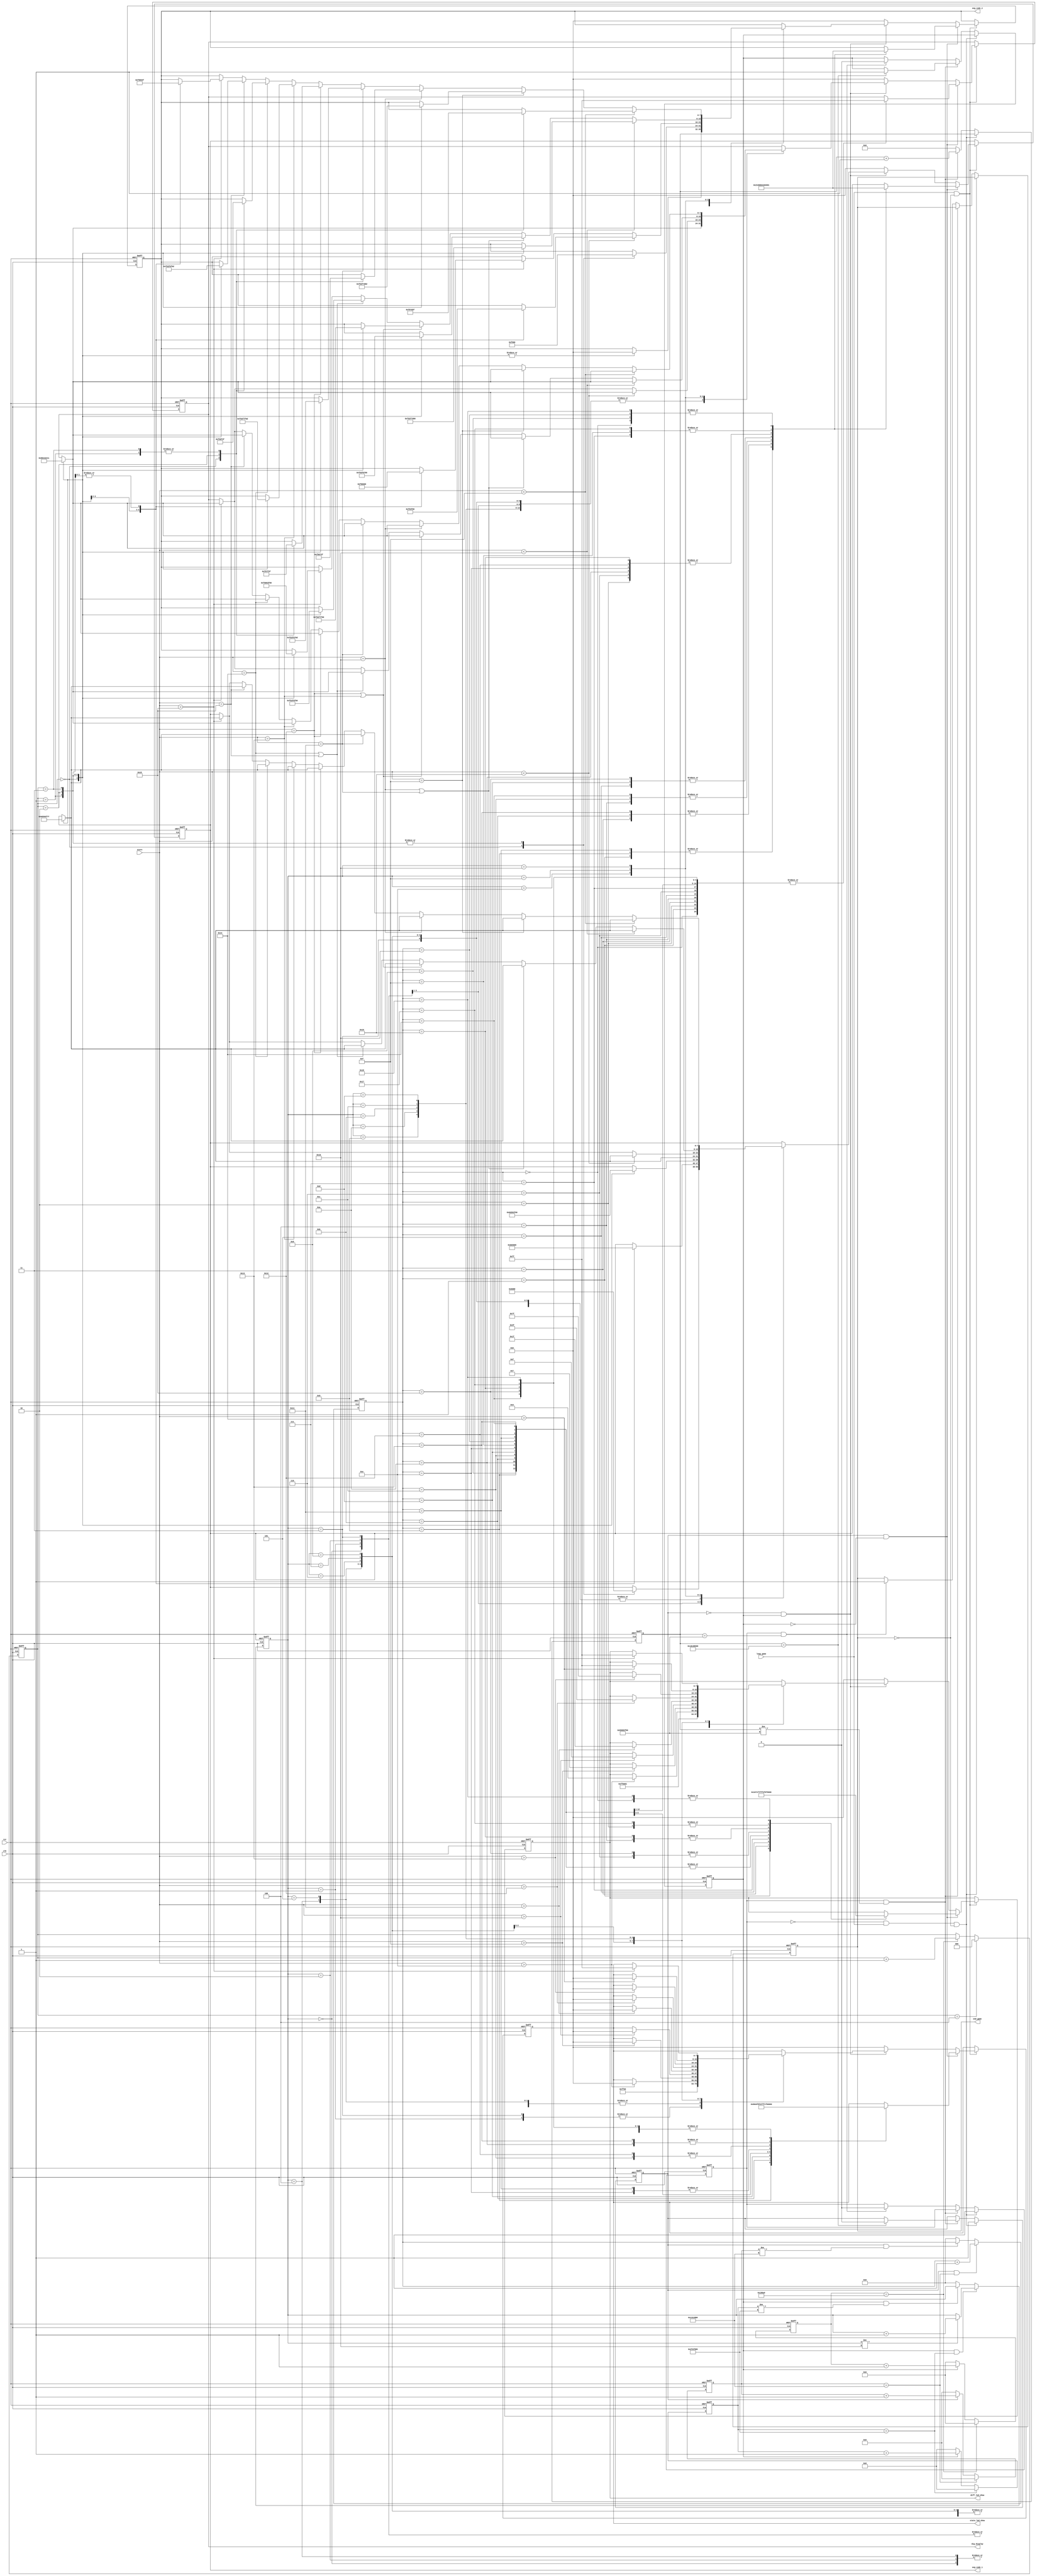
`timescale 1ns / 1ps
//////////////////////////////////////////////////////////////////////////////////
// Company: 
// Engineer: 
// 
// Design Name: 
// Module Name: game_over
// Project Name: 
// Target Devices: 
// Tool Versions: 
// Description: 
// 
// Dependencies: 
// 
// Revision:
// Revision 0.01 - File Created
// Additional Comments:
// 
//////////////////////////////////////////////////////////////////////////////////


module game_over(
    	input clk,
        input rst,
        input loop_game,
        input [6:0] score,
        output reg [7:0] dig_display,
        output reg [7:0] seg_code_1,
        output reg [7:0] seg_code_2,
        output reg [7:0] diff_led_show,
        output reg [7:0] state_led_show,
        output reg end_game
	    );

        // :15s, :5s10s
        parameter T5S = 31'd500000000;
        parameter T15S = 31'd1500000000;
        reg [30:0] cnt;
        reg cnt_sig;
        reg cnt_m1_sig;
        reg cnt_m2_sig;
	    always @( posedge clk or posedge rst )
	        if( rst )
                begin cnt <= 31'd0; cnt_sig <= 1'b0; cnt_m1_sig <= 1'b0; cnt_m2_sig <= 1'b0; end_game <= 1'b0; end
            else if( !cnt_sig && loop_game && !end_game)
                begin cnt_sig <= 1'b1; cnt_m1_sig <= 1'b1; end
            else if( cnt_sig && cnt != T15S  )
                begin
	                cnt <= cnt + 31'b1;
	                if( cnt == T5S )
                        begin cnt_m1_sig <= 1'b0; cnt_m2_sig <= 1'b1; end
                end
	        else if( cnt_sig && cnt == T15S )
                begin cnt <= 31'd0; cnt_sig <= 1'b0; cnt_m2_sig <= 1'b0; end_game <= 1'b1; end
	        else
	            cnt <= 31'd0;
        
        // 0.2s, 25, 5s
        parameter T02S = 25'd20000000;
        reg [24:0] cnt_02;
	    always @( posedge clk or posedge rst )
	        if( rst )
	            cnt_02 <= 25'd0;
	        else if( cnt_02 == T02S )
	            cnt_02 <= 25'd0;
	        else if( cnt_m1_sig )
	            cnt_02 <= cnt_02 + 25'b1;
	        else
	            cnt_02 <= 25'd0;
        
        // 0.5s, 20, 10s
        parameter T05S = 26'd50000000;
        reg [25:0] cnt_05;
	    always @( posedge clk or posedge rst )
	        if( rst )
	            cnt_05 <= 26'd0;
	        else if( cnt_05 == T05S )
	            cnt_05 <= 26'd0;
	        else if( cnt_m2_sig )
	            cnt_05 <= cnt_05 + 26'b1;
	        else
	            cnt_05 <= 26'd0;
        
        // : ing
        reg [4:0] m1_num;
        always @( posedge clk or posedge rst )
	        if( rst )
	            m1_num <= 5'd0;
	        else if( cnt_m1_sig && cnt_02 == T02S )
	            m1_num <= m1_num + 1'b1;
            else if( cnt_m1_sig && cnt_02 != T02S )
                m1_num <= m1_num;
            else
	            m1_num <= 5'd0;

        // : ing
        reg [4:0] m2_num;
        always @( posedge clk or posedge rst )
	        if( rst )
	            m2_num <= 5'd0;
	        else if( cnt_m2_sig && cnt_05 == T05S )
                if ( m2_num != 5'd16 )    // , 
	                m2_num <= m2_num + 1'b1;
                else
                    m2_num <= m2_num;
            else if( cnt_m2_sig && cnt_05 != T05S )
                m2_num <= m2_num;
            else
	            m2_num <= 5'd0;
        
        // 0.001s, 
        parameter T0001S = 17'd100000;
        reg [16:0] cnt_0001;
	    always @( posedge clk or posedge rst )
	        if( rst )
                cnt_0001 <= 17'd0;
	        else if( cnt_0001 == T0001S )
                cnt_0001 <= 17'd0;
	        else if( cnt_m2_sig )
	            cnt_0001 <= cnt_0001 + 17'b1;
	        else
                cnt_0001 <= 17'd0;
        
        // 
        reg [2:0] dis_pos;
        always @( posedge clk or posedge rst )
	        if( rst )
	            dis_pos <= 3'd0;
	        else if( dis_pos == 3'd4 )
	            dis_pos <= 3'd0;
	        else if( cnt_0001 == T0001S )
	            dis_pos <= dis_pos + 1'b1;
            else
                dis_pos <= dis_pos;
        
        parameter _0 = 8'hc0, _1 = 8'hf9, _2 = 8'ha4, _3 = 8'hb0,
	              _4 = 8'h99, _5 = 8'h92, _6 = 8'h82, _7 = 8'hf8,
	              _8 = 8'h80, _9 = 8'h90, _S = 8'h92, _C = 8'hc6, _R = 8'h88, _E = 8'h06;

        // 
        always @( posedge clk or posedge rst )
            if( rst )
                begin
                    dig_display <= 8'b00000000;
                    seg_code_1 <= 8'b00000000;
                    seg_code_2 <= 8'b00000000;
                    diff_led_show <= 8'b00000000;
                    state_led_show <= 8'b00000000;
                end
	        else if( loop_game && !end_game )
                if( cnt_m1_sig && !cnt_m2_sig )
                    case( m1_num )
                        5'd0:begin dig_display <= 8'b11111111; seg_code_1 <= 8'b00000001; seg_code_2 <= 8'b00000001; diff_led_show <= 8'b00000000; state_led_show <= 8'b00000000; end
                        5'd1:begin dig_display <= 8'b11111111; seg_code_1 <= 8'b00000010; seg_code_2 <= 8'b00000010; diff_led_show <= 8'b00000001; state_led_show <= 8'b00000000; end
                        5'd2:begin dig_display <= 8'b11111111; seg_code_1 <= 8'b01000000; seg_code_2 <= 8'b01000000; diff_led_show <= 8'b00000011; state_led_show <= 8'b00000000; end
                        5'd3:begin dig_display <= 8'b11111111; seg_code_1 <= 8'b00010000; seg_code_2 <= 8'b00010000; diff_led_show <= 8'b00000111; state_led_show <= 8'b00000000; end
                        5'd4:begin dig_display <= 8'b11111111; seg_code_1 <= 8'b00001000; seg_code_2 <= 8'b00001000; diff_led_show <= 8'b00001111; state_led_show <= 8'b00000000; end
                        5'd5:begin dig_display <= 8'b11111111; seg_code_1 <= 8'b00000100; seg_code_2 <= 8'b00000100; diff_led_show <= 8'b00011111; state_led_show <= 8'b00000000; end
                        5'd6:begin dig_display <= 8'b11111111; seg_code_1 <= 8'b01000000; seg_code_2 <= 8'b01000000; diff_led_show <= 8'b00111111; state_led_show <= 8'b00000000; end
                        5'd7:begin dig_display <= 8'b11111111; seg_code_1 <= 8'b00100000; seg_code_2 <= 8'b00100000; diff_led_show <= 8'b01111111; state_led_show <= 8'b00000000; end
                        5'd8:begin dig_display <= 8'b11111111; seg_code_1 <= 8'b00000001; seg_code_2 <= 8'b00000001; diff_led_show <= 8'b11111111; state_led_show <= 8'b00000000; end
                        5'd9:begin dig_display <= 8'b11111111; seg_code_1 <= 8'b00000010; seg_code_2 <= 8'b00000010; diff_led_show <= 8'b11111111; state_led_show <= 8'b10000000; end
                        5'd10:begin dig_display <= 8'b11111111; seg_code_1 <= 8'b01000000; seg_code_2 <= 8'b01000000; diff_led_show <= 8'b11111111; state_led_show <= 8'b11000000; end
                        5'd11:begin dig_display <= 8'b11111111; seg_code_1 <= 8'b00010000; seg_code_2 <= 8'b00010000; diff_led_show <= 8'b11111111; state_led_show <= 8'b11100000; end
                        5'd12:begin dig_display <= 8'b11111111; seg_code_1 <= 8'b00001000; seg_code_2 <= 8'b00001000; diff_led_show <= 8'b11111111; state_led_show <= 8'b11110000; end
                        5'd13:begin dig_display <= 8'b11111111; seg_code_1 <= 8'b00000100; seg_code_2 <= 8'b00000100; diff_led_show <= 8'b11111111; state_led_show <= 8'b11111000; end
                        5'd14:begin dig_display <= 8'b11111111; seg_code_1 <= 8'b01000000; seg_code_2 <= 8'b01000000; diff_led_show <= 8'b11111111; state_led_show <= 8'b11111100; end
                        5'd15:begin dig_display <= 8'b11111111; seg_code_1 <= 8'b00100000; seg_code_2 <= 8'b00100000; diff_led_show <= 8'b11111111; state_led_show <= 8'b11111110; end
                        5'd16:begin dig_display <= 8'b11111111; seg_code_1 <= 8'b00000001; seg_code_2 <= 8'b00000001; diff_led_show <= 8'b11111111; state_led_show <= 8'b11111111; end
                        5'd17:begin dig_display <= 8'b11111111; seg_code_1 <= 8'b00000010; seg_code_2 <= 8'b00000010; diff_led_show <= 8'b11111111; state_led_show <= 8'b11111100; end
                        5'd18:begin dig_display <= 8'b11111111; seg_code_1 <= 8'b01000000; seg_code_2 <= 8'b01000000; diff_led_show <= 8'b11111111; state_led_show <= 8'b11110000; end
                        5'd19:begin dig_display <= 8'b11111111; seg_code_1 <= 8'b00010000; seg_code_2 <= 8'b00010000; diff_led_show <= 8'b11111111; state_led_show <= 8'b11000000; end
                        5'd20:begin dig_display <= 8'b11111111; seg_code_1 <= 8'b00001000; seg_code_2 <= 8'b00001000; diff_led_show <= 8'b11111111; state_led_show <= 8'b00000000; end
                        5'd21:begin dig_display <= 8'b11111111; seg_code_1 <= 8'b00000100; seg_code_2 <= 8'b00000100; diff_led_show <= 8'b00111111; state_led_show <= 8'b00000000; end
                        5'd22:begin dig_display <= 8'b11111111; seg_code_1 <= 8'b01000000; seg_code_2 <= 8'b01000000; diff_led_show <= 8'b00001111; state_led_show <= 8'b00000000; end
                        5'd23:begin dig_display <= 8'b11111111; seg_code_1 <= 8'b00100000; seg_code_2 <= 8'b00100000; diff_led_show <= 8'b00000011; state_led_show <= 8'b00000000; end
                        5'd24:begin dig_display <= 8'b11111111; seg_code_1 <= 8'b00000001; seg_code_2 <= 8'b00000001; diff_led_show <= 8'b00000000; state_led_show <= 8'b00000000; end
                    endcase
                else if ( !cnt_m1_sig && cnt_m2_sig )
                    case( m2_num )
                        5'd0:
                            begin
                                diff_led_show <= 8'b00000000;
                                state_led_show <= 8'b00000000;
                                case( dis_pos )
                                    3'd0:begin seg_code_1 <= ~_S; seg_code_2 <= 8'h00; dig_display <= 8'b10001000; end
                                    3'd1:begin seg_code_1 <= 8'h00; seg_code_2 <= 8'h00; dig_display <= 8'b01000100; end
                                    3'd2:begin seg_code_1 <= 8'h00; seg_code_2 <= 8'h00; dig_display <= 8'b00100010; end
                                    3'd3:begin seg_code_1 <= 8'h00; seg_code_2 <= 8'h00; dig_display <= 8'b00010001; end
                                endcase
                            end
                        5'd1:
                            begin
                                diff_led_show <= 8'b11111111;
                                state_led_show <= 8'b11111111;
                                case( dis_pos )
                                    3'd0:begin seg_code_1 <= ~_S; seg_code_2 <= 8'h00; dig_display <= 8'b10001000; end
                                    3'd1:begin seg_code_1 <= ~_C; seg_code_2 <= 8'h00; dig_display <= 8'b01000100; end
                                    3'd2:begin seg_code_1 <= 8'h00; seg_code_2 <= 8'h00; dig_display <= 8'b00100010; end
                                    3'd3:begin seg_code_1 <= 8'h00; seg_code_2 <= 8'h00; dig_display <= 8'b00010001; end
                                endcase
                            end
                        5'd2:
                            begin
                                diff_led_show <= 8'b00000000;
                                state_led_show <= 8'b00000000;
                                case( dis_pos )
                                    3'd0:begin seg_code_1 <= ~_S; seg_code_2 <= 8'h00; dig_display <= 8'b10001000; end
                                    3'd1:begin seg_code_1 <= ~_C; seg_code_2 <= 8'h00; dig_display <= 8'b01000100; end
                                    3'd2:begin seg_code_1 <= ~_0; seg_code_2 <= 8'h00; dig_display <= 8'b00100010; end
                                    3'd3:begin seg_code_1 <= 8'h00; seg_code_2 <= 8'h00; dig_display <= 8'b00010001; end
                                endcase
                            end
                        5'd3:
                            begin
                                diff_led_show <= 8'b11111111;
                                state_led_show <= 8'b11111111;
                                case( dis_pos )
                                    3'd0:begin seg_code_1 <= ~_S; seg_code_2 <= 8'h00; dig_display <= 8'b10001000; end
                                    3'd1:begin seg_code_1 <= ~_C; seg_code_2 <= 8'h00; dig_display <= 8'b01000100; end
                                    3'd2:begin seg_code_1 <= ~_0; seg_code_2 <= 8'h00; dig_display <= 8'b00100010; end
                                    3'd3:begin seg_code_1 <= ~_R; seg_code_2 <= 8'h00; dig_display <= 8'b00010001; end
                                endcase
                            end
                        5'd4:
                            begin
                                diff_led_show <= 8'b00000000;
                                state_led_show <= 8'b00000000;
                                case( dis_pos )
                                    3'd0:begin seg_code_1 <= ~_S; seg_code_2 <= ~_E; dig_display <= 8'b10001000; end
                                    3'd1:begin seg_code_1 <= ~_C; seg_code_2 <= 8'h00; dig_display <= 8'b01000100; end
                                    3'd2:begin seg_code_1 <= ~_0; seg_code_2 <= 8'h00; dig_display <= 8'b00100010; end
                                    3'd3:begin seg_code_1 <= ~_R; seg_code_2 <= 8'h00; dig_display <= 8'b00010001; end
                                endcase
                            end
                        5'd5:
                            begin
                                diff_led_show <= 8'b00000001;    // 60+
                                state_led_show <= 8'b00000000;
                                case( dis_pos )
                                    3'd0:begin seg_code_1 <= ~_S; seg_code_2 <= ~_E; dig_display <= 8'b10001000; end
                                    3'd1:begin seg_code_1 <= ~_C; seg_code_2 <= 8'h00; dig_display <= 8'b01000100; end
                                    3'd2:begin seg_code_1 <= ~_0; seg_code_2 <= 8'h00; dig_display <= 8'b00100010; end
                                    3'd3:begin seg_code_1 <= ~_R; seg_code_2 <= 8'h00; dig_display <= 8'b00010001; end
                                endcase
                            end
                        5'd6:
                            begin
                                if( score > 14 )    // 65+
                                    begin diff_led_show <= 8'b00000011; state_led_show <= 8'b00000000; end
                                else
                                    begin diff_led_show <= diff_led_show; state_led_show <= state_led_show; end
                                case( dis_pos )
                                    3'd0:begin seg_code_1 <= ~_S; seg_code_2 <= ~_E; dig_display <= 8'b10001000; end
                                    3'd1:begin seg_code_1 <= ~_C; seg_code_2 <= 8'h00; dig_display <= 8'b01000100; end
                                    3'd2:begin seg_code_1 <= ~_0; seg_code_2 <= 8'h00; dig_display <= 8'b00100010; end
                                    3'd3:begin seg_code_1 <= ~_R; seg_code_2 <= 8'h00; dig_display <= 8'b00010001; end
                                endcase
                            end
                        5'd7:
                            begin
                                if( score > 15 )    // 70+
                                    begin diff_led_show <= 8'b00000111; state_led_show <= 8'b00000000; end
                                else
                                    begin diff_led_show <= diff_led_show; state_led_show <= state_led_show; end
                                case( dis_pos )
                                    3'd0:begin seg_code_1 <= ~_S; seg_code_2 <= ~_E; dig_display <= 8'b10001000; end
                                    3'd1:begin seg_code_1 <= ~_C; seg_code_2 <= 8'h00; dig_display <= 8'b01000100; end
                                    3'd2:begin seg_code_1 <= ~_0; seg_code_2 <= 8'h00; dig_display <= 8'b00100010; end
                                    3'd3:begin seg_code_1 <= ~_R; seg_code_2 <= 8'h00; dig_display <= 8'b00010001; end
                                endcase
                            end
                        5'd8:
                            begin
                                if( score > 16 )    // 75+
                                    begin diff_led_show <= 8'b00001111; state_led_show <= 8'b00000000; end
                                else
                                    begin diff_led_show <= diff_led_show; state_led_show <= state_led_show; end
                                case( dis_pos )
                                    3'd0:begin seg_code_1 <= ~_S; seg_code_2 <= ~_E; dig_display <= 8'b10001000; end
                                    3'd1:begin seg_code_1 <= ~_C; seg_code_2 <= 8'h00; dig_display <= 8'b01000100; end
                                    3'd2:begin seg_code_1 <= ~_0; seg_code_2 <= 8'h00; dig_display <= 8'b00100010; end
                                    3'd3:begin seg_code_1 <= ~_R; seg_code_2 <= 8'h00; dig_display <= 8'b00010001; end
                                endcase
                            end
                        5'd9:
                            begin
                                if( score > 17 )    // 80+
                                    begin diff_led_show <= 8'b00011111; state_led_show <= 8'b00000000; end
                                else
                                    begin diff_led_show <= diff_led_show; state_led_show <= state_led_show; end
                                case( dis_pos )
                                    3'd0:begin seg_code_1 <= ~_S; seg_code_2 <= ~_E; dig_display <= 8'b10001000; end
                                    3'd1:begin seg_code_1 <= ~_C; seg_code_2 <= 8'h00; dig_display <= 8'b01000100; end
                                    3'd2:begin seg_code_1 <= ~_0; seg_code_2 <= 8'h00; dig_display <= 8'b00100010; end
                                    3'd3:begin seg_code_1 <= ~_R; seg_code_2 <= 8'h00; dig_display <= 8'b00010001; end
                                endcase
                            end
                        5'd10:
                            begin
                                if( score > 18 )    // 85+
                                    begin diff_led_show <= 8'b00111111; state_led_show <= 8'b00000000; end
                                else
                                    begin diff_led_show <= diff_led_show; state_led_show <= state_led_show; end
                                case( dis_pos )
                                    3'd0:begin seg_code_1 <= ~_S; seg_code_2 <= ~_E; dig_display <= 8'b10001000; end
                                    3'd1:begin seg_code_1 <= ~_C; seg_code_2 <= 8'h00; dig_display <= 8'b01000100; end
                                    3'd2:begin seg_code_1 <= ~_0; seg_code_2 <= 8'h00; dig_display <= 8'b00100010; end
                                    3'd3:begin seg_code_1 <= ~_R; seg_code_2 <= 8'h00; dig_display <= 8'b00010001; end
                                endcase
                            end
                        5'd11:
                            begin
                                if( score > 19 )    // 90+
                                    begin diff_led_show <= 8'b01111111; state_led_show <= 8'b00000000; end
                                else
                                    begin diff_led_show <= diff_led_show; state_led_show <= state_led_show; end
                                case( dis_pos )
                                    3'd0:begin seg_code_1 <= ~_S; seg_code_2 <= ~_E; dig_display <= 8'b10001000; end
                                    3'd1:begin seg_code_1 <= ~_C; seg_code_2 <= 8'h00; dig_display <= 8'b01000100; end
                                    3'd2:begin seg_code_1 <= ~_0; seg_code_2 <= 8'h00; dig_display <= 8'b00100010; end
                                    3'd3:begin seg_code_1 <= ~_R; seg_code_2 <= 8'h00; dig_display <= 8'b00010001; end
                                endcase
                            end
                        5'd12:
                            begin
                                if( score > 20 )    // 95+
                                    begin diff_led_show <= 8'b11111111; state_led_show <= 8'b00000000; end
                                else
                                    begin diff_led_show <= diff_led_show; state_led_show <= state_led_show; end
                                case( dis_pos )
                                    3'd0:begin seg_code_1 <= ~_S; seg_code_2 <= ~_E; dig_display <= 8'b10001000; end
                                    3'd1:begin seg_code_1 <= ~_C; seg_code_2 <= 8'h00; dig_display <= 8'b01000100; end
                                    3'd2:begin seg_code_1 <= ~_0; seg_code_2 <= 8'h00; dig_display <= 8'b00100010; end
                                    3'd3:begin seg_code_1 <= ~_R; seg_code_2 <= 8'h00; dig_display <= 8'b00010001; end
                                endcase
                            end
                        5'd13:
                            begin
                                if( score > 21 )    // 100!!!
                                    begin diff_led_show <= 8'b11111111; state_led_show <= 8'b11111111; end
                                else
                                    begin diff_led_show <= diff_led_show; state_led_show <= state_led_show; end
                                case( dis_pos )
                                    3'd0:begin seg_code_1 <= ~_S; seg_code_2 <= ~_E; dig_display <= 8'b10001000; end
                                    3'd1:begin seg_code_1 <= ~_C; seg_code_2 <= 8'h00; dig_display <= 8'b01000100; end
                                    3'd2:begin seg_code_1 <= ~_0; seg_code_2 <= 8'h00; dig_display <= 8'b00100010; end
                                    3'd3:begin seg_code_1 <= ~_R; seg_code_2 <= 8'h00; dig_display <= 8'b00010001; end
                                endcase
                            end
                        5'd14:
                            begin
                                diff_led_show <= diff_led_show;
                                state_led_show <= state_led_show;
                                if( score < 22 )    // 95-
                                    case( dis_pos )
                                        3'd0:begin seg_code_1 <= ~_S; seg_code_2 <= ~_E; dig_display <= 8'b10001000; end
                                        3'd1:begin seg_code_1 <= ~_C; seg_code_2 <= ~_0; dig_display <= 8'b01000100; end
                                        3'd2:begin seg_code_1 <= ~_0; seg_code_2 <= 8'h00; dig_display <= 8'b00100010; end
                                        3'd3:begin seg_code_1 <= ~_R; seg_code_2 <= 8'h00; dig_display <= 8'b00010001; end
                                    endcase
                                else if( score > 21 )    // 100
                                    case( dis_pos )
                                        3'd0:begin seg_code_1 <= ~_S; seg_code_2 <= ~_E; dig_display <= 8'b10001000; end
                                        3'd1:begin seg_code_1 <= ~_C; seg_code_2 <= ~_1; dig_display <= 8'b01000100; end
                                        3'd2:begin seg_code_1 <= ~_0; seg_code_2 <= 8'h00; dig_display <= 8'b00100010; end
                                        3'd3:begin seg_code_1 <= ~_R; seg_code_2 <= 8'h00; dig_display <= 8'b00010001; end
                                    endcase
                            end
                        5'd15:
                            begin
                                diff_led_show <= diff_led_show;
                                state_led_show <= state_led_show;
                                if( score < 16 )    // 70-
                                    case( dis_pos )
                                        3'd0:begin seg_code_1 <= ~_S; seg_code_2 <= ~_E; dig_display <= 8'b10001000; end
                                        3'd1:begin seg_code_1 <= ~_C; seg_code_2 <= ~_0; dig_display <= 8'b01000100; end
                                        3'd2:begin seg_code_1 <= ~_0; seg_code_2 <= ~_6; dig_display <= 8'b00100010; end
                                        3'd3:begin seg_code_1 <= ~_R; seg_code_2 <= 8'h00; dig_display <= 8'b00010001; end
                                    endcase
                                else if( score == 16 | score == 17 )    // 70/75
                                    case( dis_pos )
                                        3'd0:begin seg_code_1 <= ~_S; seg_code_2 <= ~_E; dig_display <= 8'b10001000; end
                                        3'd1:begin seg_code_1 <= ~_C; seg_code_2 <= ~_0; dig_display <= 8'b01000100; end
                                        3'd2:begin seg_code_1 <= ~_0; seg_code_2 <= ~_7; dig_display <= 8'b00100010; end
                                        3'd3:begin seg_code_1 <= ~_R; seg_code_2 <= 8'h00; dig_display <= 8'b00010001; end
                                    endcase
                                else if( score == 18 | score == 19 )    // 80/85
                                    case( dis_pos )
                                        3'd0:begin seg_code_1 <= ~_S; seg_code_2 <= ~_E; dig_display <= 8'b10001000; end
                                        3'd1:begin seg_code_1 <= ~_C; seg_code_2 <= ~_0; dig_display <= 8'b01000100; end
                                        3'd2:begin seg_code_1 <= ~_0; seg_code_2 <= ~_8; dig_display <= 8'b00100010; end
                                        3'd3:begin seg_code_1 <= ~_R; seg_code_2 <= 8'h00; dig_display <= 8'b00010001; end
                                    endcase
                                else if( score == 20 | score == 21 )    // 90/95
                                    case( dis_pos )
                                        3'd0:begin seg_code_1 <= ~_S; seg_code_2 <= ~_E; dig_display <= 8'b10001000; end
                                        3'd1:begin seg_code_1 <= ~_C; seg_code_2 <= ~_0; dig_display <= 8'b01000100; end
                                        3'd2:begin seg_code_1 <= ~_0; seg_code_2 <= ~_9; dig_display <= 8'b00100010; end
                                        3'd3:begin seg_code_1 <= ~_R; seg_code_2 <= 8'h00; dig_display <= 8'b00010001; end
                                    endcase
                                else if( score > 21 )    // 100
                                    case( dis_pos )
                                        3'd0:begin seg_code_1 <= ~_S; seg_code_2 <= ~_E; dig_display <= 8'b10001000; end
                                        3'd1:begin seg_code_1 <= ~_C; seg_code_2 <= ~_1; dig_display <= 8'b01000100; end
                                        3'd2:begin seg_code_1 <= ~_0; seg_code_2 <= ~_0; dig_display <= 8'b00100010; end
                                        3'd3:begin seg_code_1 <= ~_R; seg_code_2 <= 8'h00; dig_display <= 8'b00010001; end
                                    endcase
                            end
                        5'd16:
                            begin
                                diff_led_show <= diff_led_show;
                                state_led_show <= state_led_show;
                                if( score < 15 )    // 60
                                    case( dis_pos )
                                        3'd0:begin seg_code_1 <= ~_S; seg_code_2 <= ~_E; dig_display <= 8'b10001000; end
                                        3'd1:begin seg_code_1 <= ~_C; seg_code_2 <= ~_0; dig_display <= 8'b01000100; end
                                        3'd2:begin seg_code_1 <= ~_0; seg_code_2 <= ~_6; dig_display <= 8'b00100010; end
                                        3'd3:begin seg_code_1 <= ~_R; seg_code_2 <= ~_0; dig_display <= 8'b00010001; end
                                    endcase
                                else if( score == 15 )    // 65
                                    case( dis_pos )
                                        3'd0:begin seg_code_1 <= ~_S; seg_code_2 <= ~_E; dig_display <= 8'b10001000; end
                                        3'd1:begin seg_code_1 <= ~_C; seg_code_2 <= ~_0; dig_display <= 8'b01000100; end
                                        3'd2:begin seg_code_1 <= ~_0; seg_code_2 <= ~_6; dig_display <= 8'b00100010; end
                                        3'd3:begin seg_code_1 <= ~_R; seg_code_2 <= ~_5; dig_display <= 8'b00010001; end
                                    endcase
                                else if( score == 16 )    // 70
                                    case( dis_pos )
                                        3'd0:begin seg_code_1 <= ~_S; seg_code_2 <= ~_E; dig_display <= 8'b10001000; end
                                        3'd1:begin seg_code_1 <= ~_C; seg_code_2 <= ~_0; dig_display <= 8'b01000100; end
                                        3'd2:begin seg_code_1 <= ~_0; seg_code_2 <= ~_7; dig_display <= 8'b00100010; end
                                        3'd3:begin seg_code_1 <= ~_R; seg_code_2 <= ~_0; dig_display <= 8'b00010001; end
                                    endcase
                                else if( score == 17 )    // 75
                                    case( dis_pos )
                                        3'd0:begin seg_code_1 <= ~_S; seg_code_2 <= ~_E; dig_display <= 8'b10001000; end
                                        3'd1:begin seg_code_1 <= ~_C; seg_code_2 <= ~_0; dig_display <= 8'b01000100; end
                                        3'd2:begin seg_code_1 <= ~_0; seg_code_2 <= ~_7; dig_display <= 8'b00100010; end
                                        3'd3:begin seg_code_1 <= ~_R; seg_code_2 <= ~_5; dig_display <= 8'b00010001; end
                                    endcase
                                else if( score == 18 )    // 80
                                    case( dis_pos )
                                        3'd0:begin seg_code_1 <= ~_S; seg_code_2 <= ~_E; dig_display <= 8'b10001000; end
                                        3'd1:begin seg_code_1 <= ~_C; seg_code_2 <= ~_0; dig_display <= 8'b01000100; end
                                        3'd2:begin seg_code_1 <= ~_0; seg_code_2 <= ~_8; dig_display <= 8'b00100010; end
                                        3'd3:begin seg_code_1 <= ~_R; seg_code_2 <= ~_0; dig_display <= 8'b00010001; end
                                    endcase
                                else if( score == 19 )    // 85
                                    case( dis_pos )
                                        3'd0:begin seg_code_1 <= ~_S; seg_code_2 <= ~_E; dig_display <= 8'b10001000; end
                                        3'd1:begin seg_code_1 <= ~_C; seg_code_2 <= ~_0; dig_display <= 8'b01000100; end
                                        3'd2:begin seg_code_1 <= ~_0; seg_code_2 <= ~_8; dig_display <= 8'b00100010; end
                                        3'd3:begin seg_code_1 <= ~_R; seg_code_2 <= ~_5; dig_display <= 8'b00010001; end
                                    endcase
                                else if( score == 20 )    // 90
                                    case( dis_pos )
                                        3'd0:begin seg_code_1 <= ~_S; seg_code_2 <= ~_E; dig_display <= 8'b10001000; end
                                        3'd1:begin seg_code_1 <= ~_C; seg_code_2 <= ~_0; dig_display <= 8'b01000100; end
                                        3'd2:begin seg_code_1 <= ~_0; seg_code_2 <= ~_9; dig_display <= 8'b00100010; end
                                        3'd3:begin seg_code_1 <= ~_R; seg_code_2 <= ~_0; dig_display <= 8'b00010001; end
                                    endcase
                                else if( score == 21 )    // 95
                                    case( dis_pos )
                                        3'd0:begin seg_code_1 <= ~_S; seg_code_2 <= ~_E; dig_display <= 8'b10001000; end
                                        3'd1:begin seg_code_1 <= ~_C; seg_code_2 <= ~_0; dig_display <= 8'b01000100; end
                                        3'd2:begin seg_code_1 <= ~_0; seg_code_2 <= ~_9; dig_display <= 8'b00100010; end
                                        3'd3:begin seg_code_1 <= ~_R; seg_code_2 <= ~_5; dig_display <= 8'b00010001; end
                                    endcase
                                else if( score > 21 )    // 100
                                    case( dis_pos )
                                        3'd0:begin seg_code_1 <= ~_S; seg_code_2 <= ~_E; dig_display <= 8'b10001000; end
                                        3'd1:begin seg_code_1 <= ~_C; seg_code_2 <= ~_1; dig_display <= 8'b01000100; end
                                        3'd2:begin seg_code_1 <= ~_0; seg_code_2 <= ~_0; dig_display <= 8'b00100010; end
                                        3'd3:begin seg_code_1 <= ~_R; seg_code_2 <= ~_0; dig_display <= 8'b00010001; end
                                    endcase
                            end
                    endcase
	        else
                begin
                    dig_display <= 8'b00000000;
                    seg_code_1 <= 8'b00000000;
                    seg_code_2 <= 8'b00000000;
                    diff_led_show <= 8'b00000000;
                    state_led_show <= 8'b00000000;
                end
endmodule